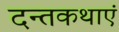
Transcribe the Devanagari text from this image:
दन्तकथाएं